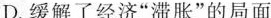
D.缓解了经济”滞胀”的局面